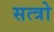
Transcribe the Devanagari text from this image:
सत्त्रो